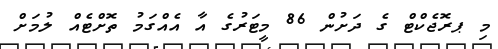
މި ޕރޮޖެކްޓް ގެ ދަށުން 86 މީޓަރުގެ އާ އެއްގަމު ތޮށްޓެއް ލުމަށް